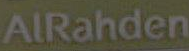
AlRahden